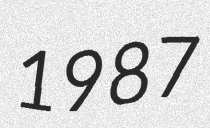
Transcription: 1987